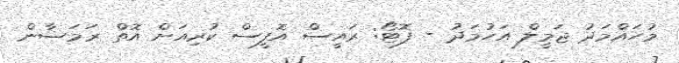
މުހައްމަދު ޖަމީލް އަހުމަދު - ފޮޓޯ: ރައީސް އޮފީސް ކުރިއަށް އޮތް ރަމަޟާން